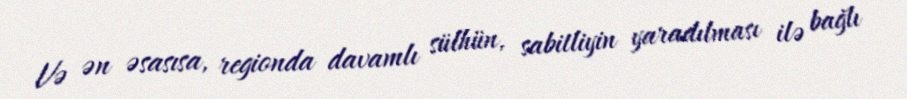
Və ən əsasısa, regionda davamlı sülhün, sabitliyin yaradılması ilə bağlı